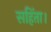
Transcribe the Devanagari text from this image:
सहिंता।